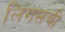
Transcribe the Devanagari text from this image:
लिंगसची